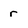
Character: r